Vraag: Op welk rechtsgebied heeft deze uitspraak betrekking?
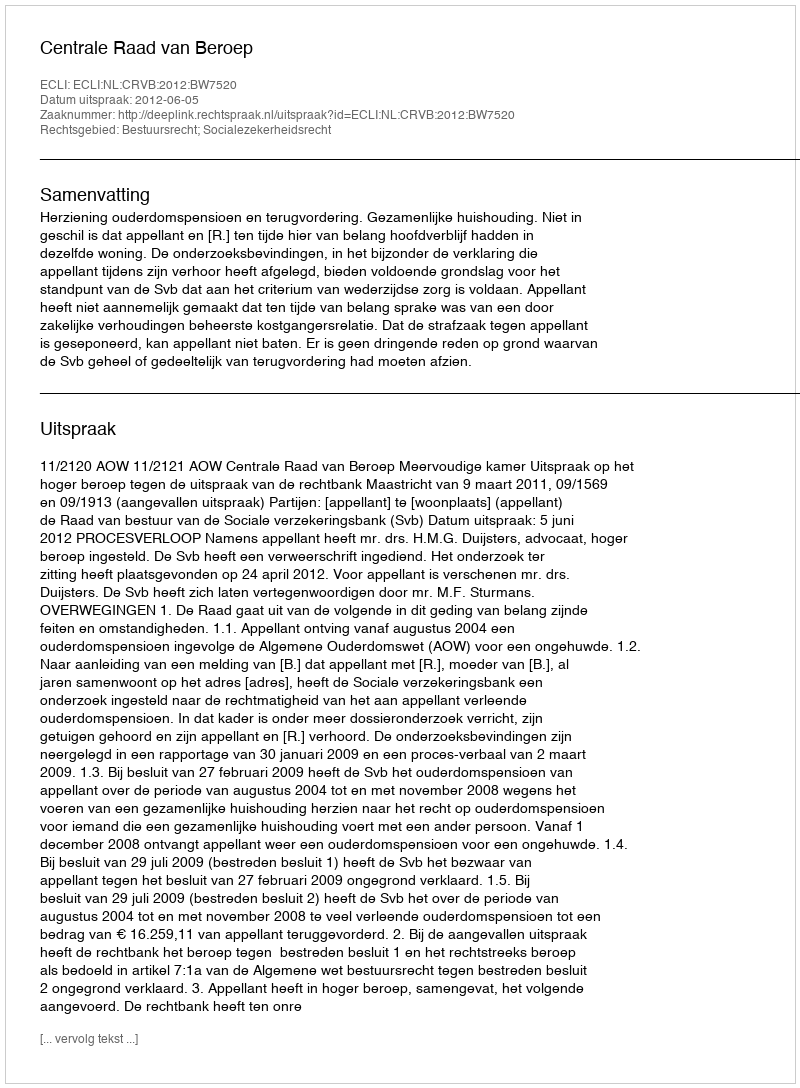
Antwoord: Bestuursrecht; Socialezekerheidsrecht